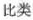
比类